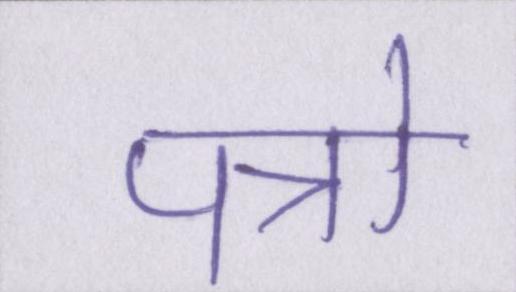
पत्रो